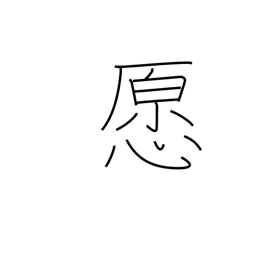
Meaning: honest